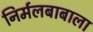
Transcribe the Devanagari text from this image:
निर्मलबाबाला